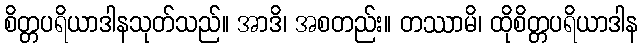
စိတ္တပရိယာဒါနသုတ်သည်။ အာဒိ၊ အစတည်း။ တဿာမိ၊ ထိုစိတ္တပရိယာဒါန